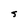
Character: S